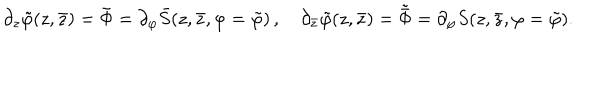
\partial _ { z } \tilde { \varphi } ( z , \bar { z } ) = \tilde { \Phi } = \partial _ { \varphi } \bar { S } ( z , \bar { z } , \varphi = \tilde { \varphi } ) \, , \quad \partial _ { \bar { z } } \tilde { \varphi } ( z , \bar { z } ) = \tilde { \bar { \Phi } } = \partial _ { \varphi } S ( z , \bar { z } , \varphi = \tilde { \varphi } ) .